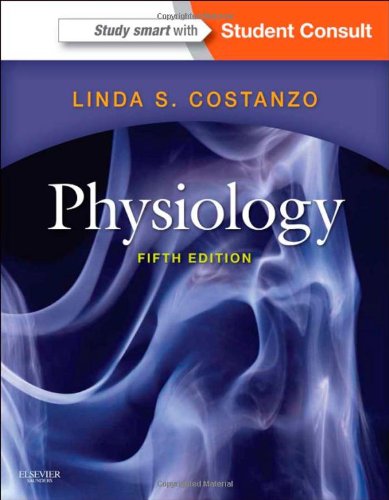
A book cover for Physiology: with STUDENT CONSULT Online Access, 5e (Costanzo Physiology); Linda S. Costanzo PhD; Test Preparation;